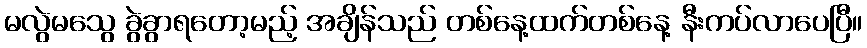
မလွဲမသွေ ခွဲခွာရတော့မည့် အချိန်သည် တစ်နေ့ထက်တစ်နေ့ နီးကပ်လာပေပြီ။